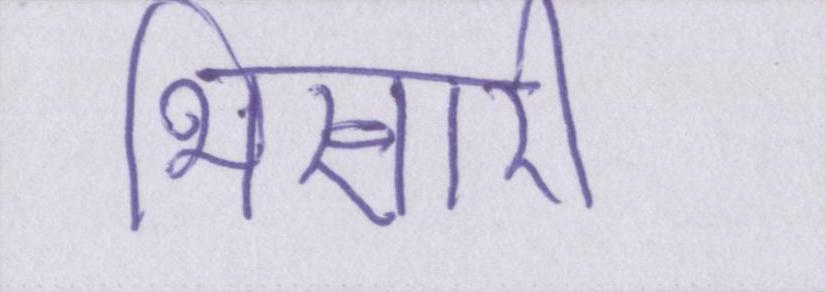
भिखारी